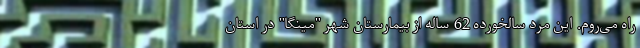
راه می‌روم. این مرد سالخورده 62 ساله از بیمارستان شهر "مینگا" در استان